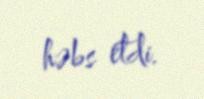
həbs etdi.